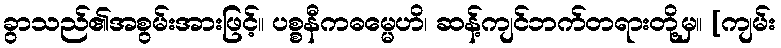
ခွာသည်၏အစွမ်းအားဖြင့်။ ပစ္စနီကဓမ္မေဟိ၊ ဆန့်ကျင်ဘက်တရားတို့မှ။ [ကျမ်း